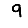
Digit: 9